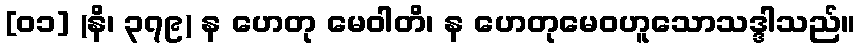
[၀၁] (နိ၊ ၃၇၉) န ဟေတု မေဝါတိ၊ န ဟေတုမေဝဟူသောသဒ္ဒါသည်။